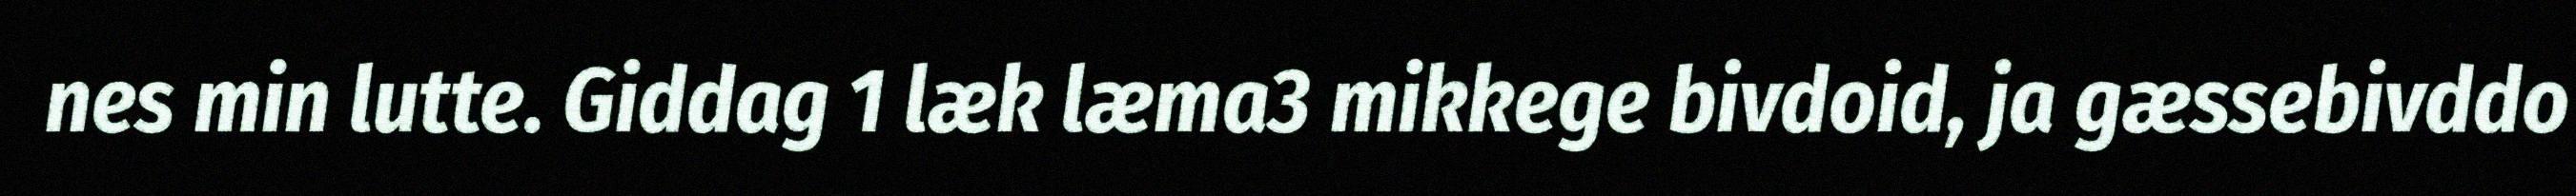
nes min lutte. Giddag 1 læk læma3 mikkege bivdoid, ja gæssebivddo